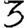
Digit: 3